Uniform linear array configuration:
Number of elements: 12
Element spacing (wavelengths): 0.25
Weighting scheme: binomial
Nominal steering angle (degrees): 45
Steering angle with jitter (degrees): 43.766
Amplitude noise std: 0.05
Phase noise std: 0.05

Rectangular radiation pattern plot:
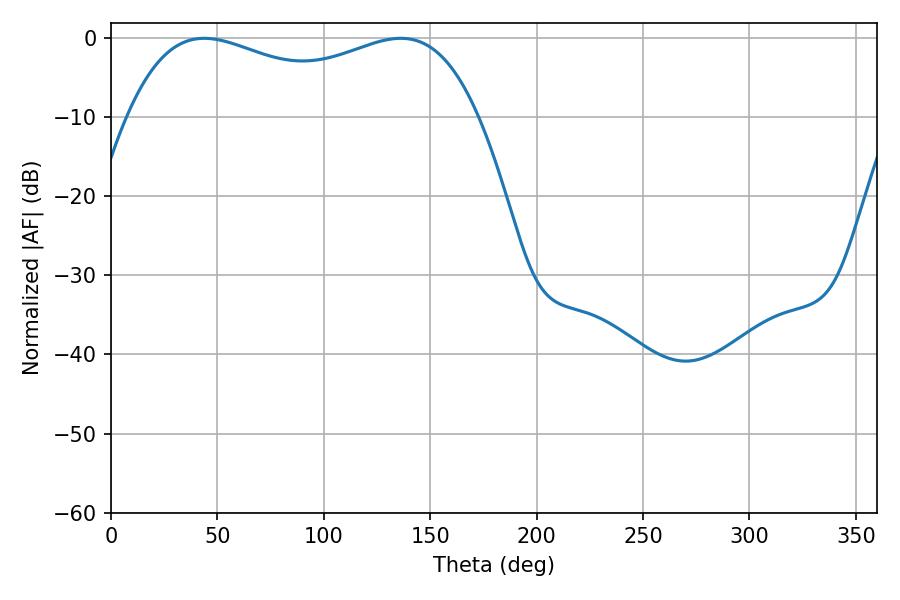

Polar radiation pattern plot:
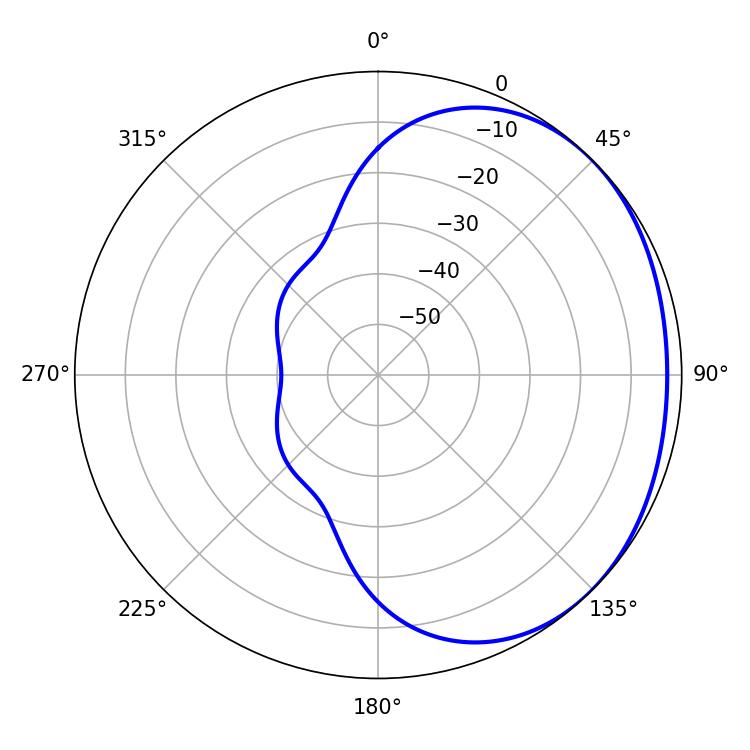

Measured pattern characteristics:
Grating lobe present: FALSE
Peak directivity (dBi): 1.515
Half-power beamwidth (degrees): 135.36
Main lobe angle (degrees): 43.74